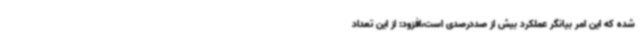
شده که این امر بیانگر عملکرد بیش از صددرصدی است،افزود: از این تعداد